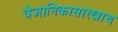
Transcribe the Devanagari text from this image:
वैज्ञानिकासारखाच